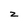
Character: z